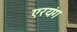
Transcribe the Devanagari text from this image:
एरयंग